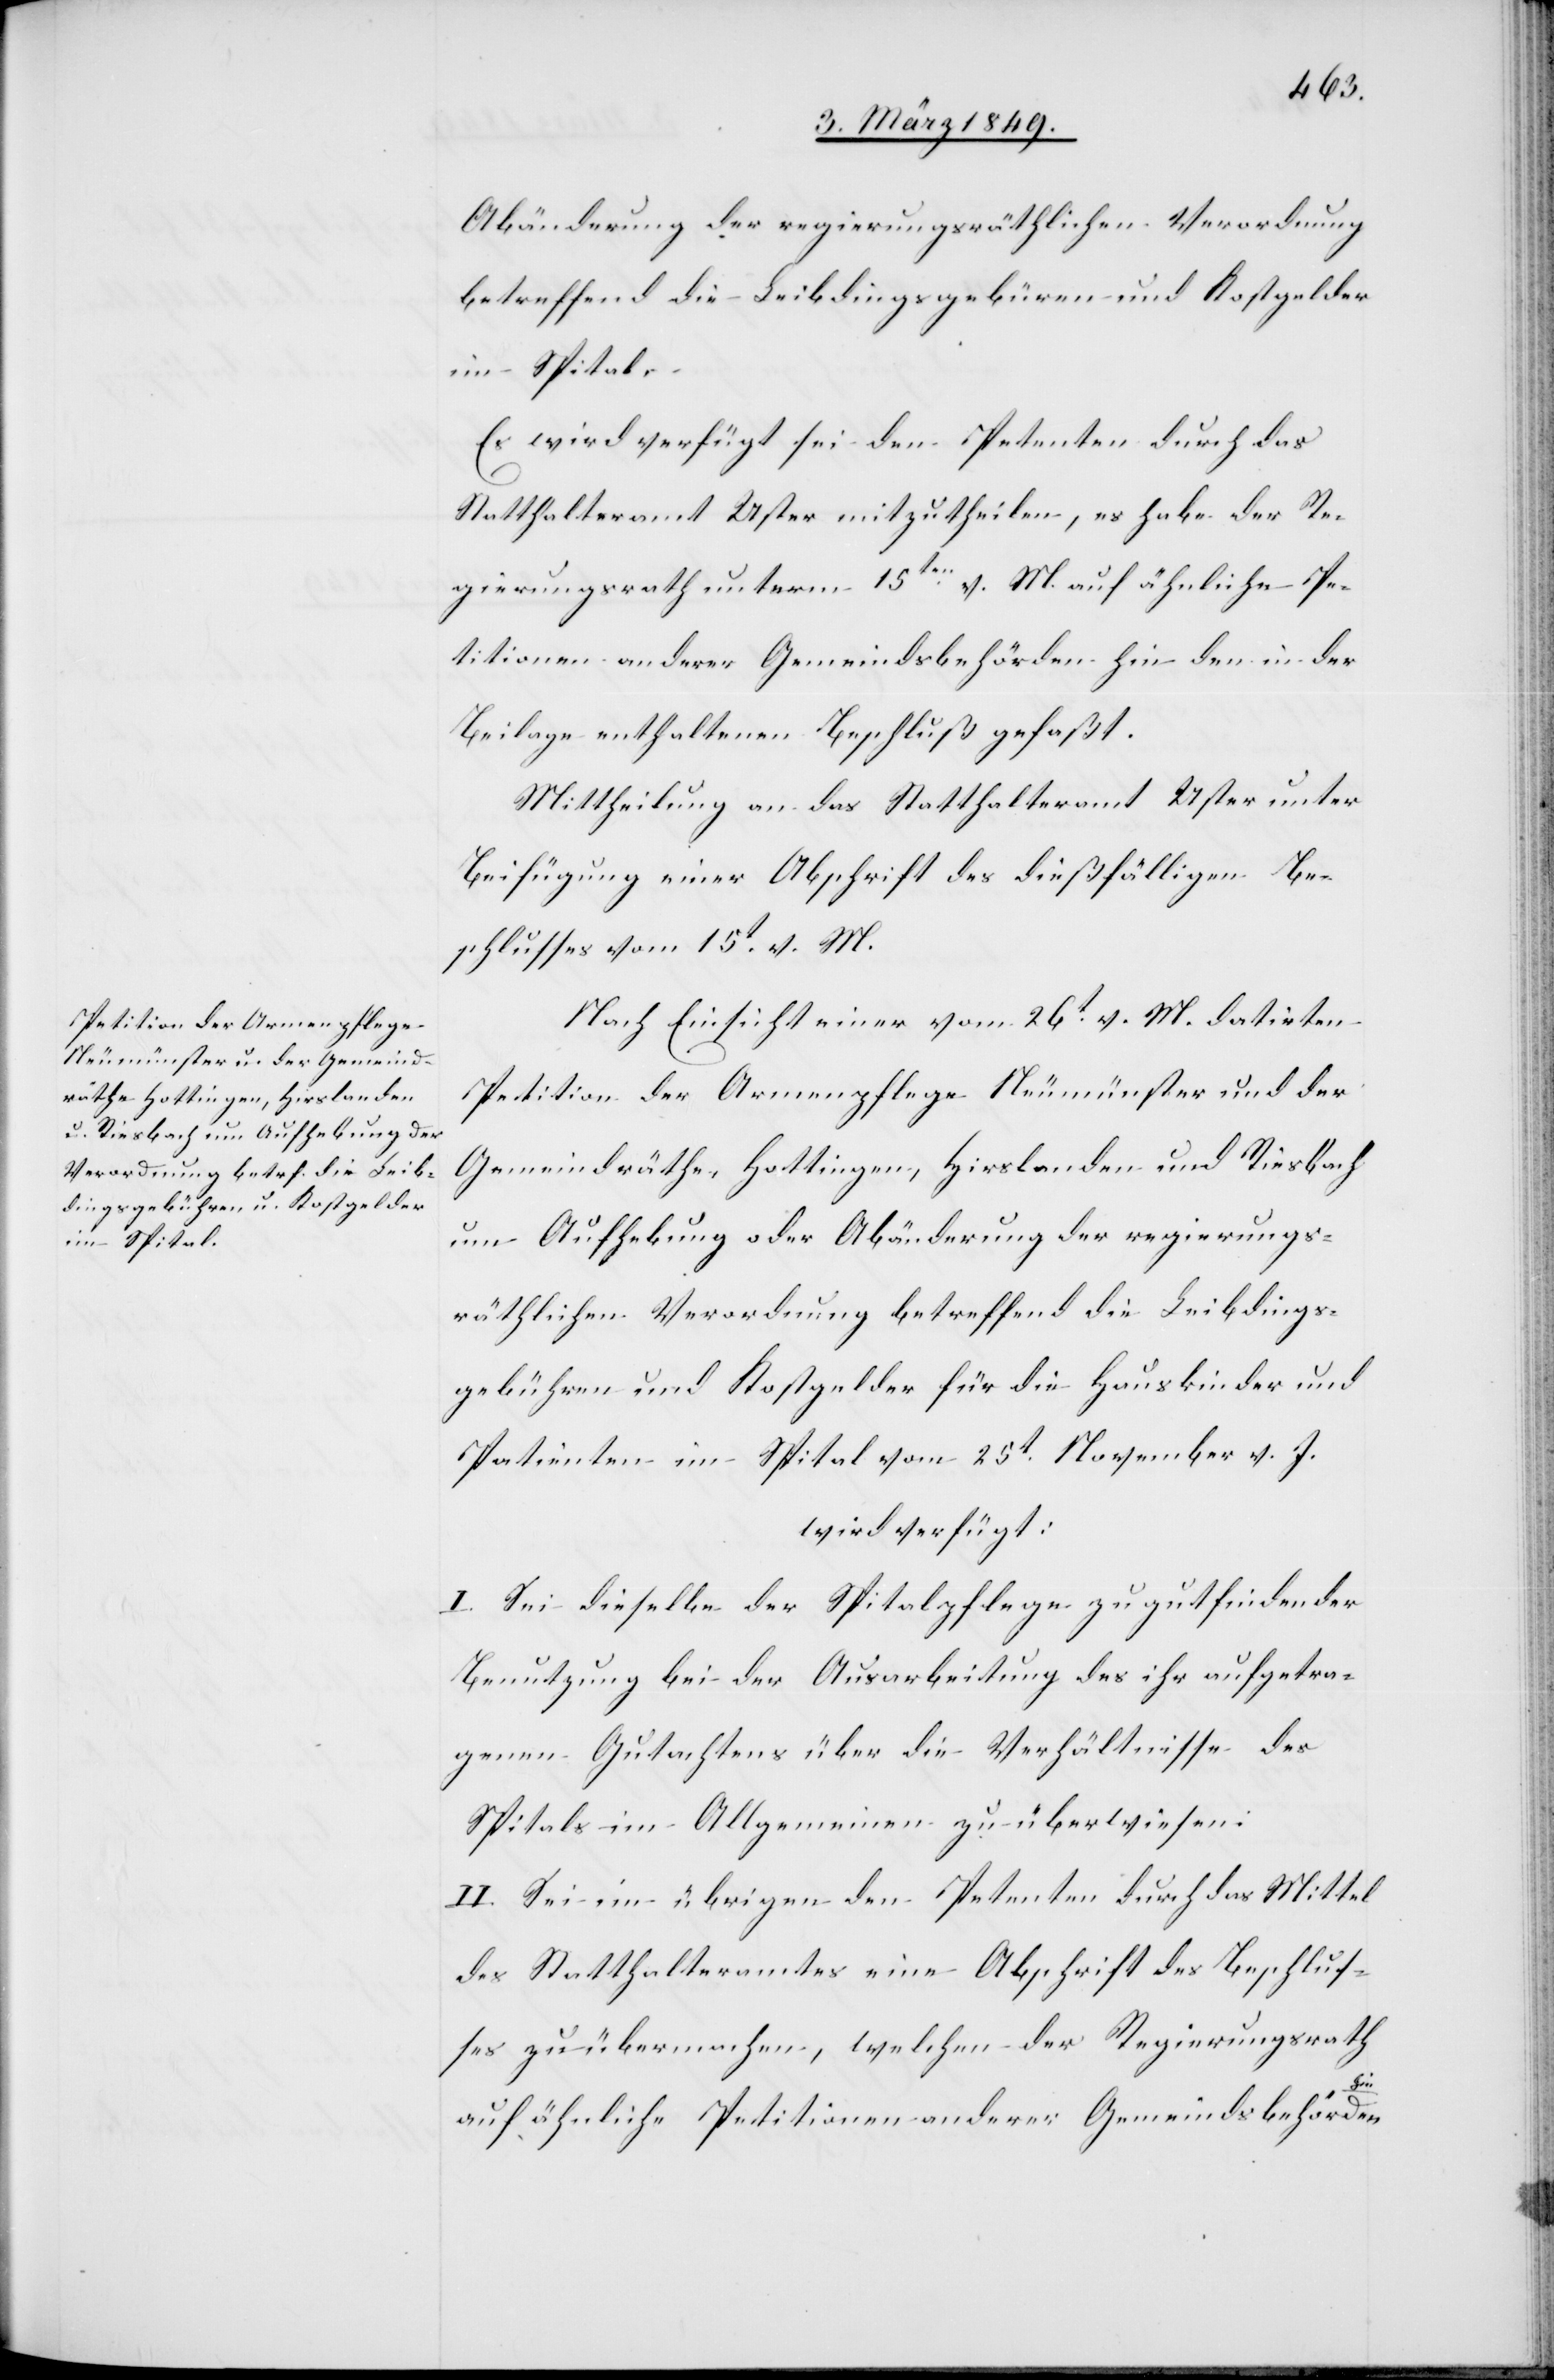
gebühren und Kostgelder

6. März 1849.]
Abänderung der regierungsräthlichen Verordnung
betreffend die Leibdingsgebühren und Kostgelder
im Spital
Es wird verfügt sei den Petenten durch das
Statthalteramt Uster mitzutheilen, es habe der Re¬
gierungsrath unterm 15ten. v. M. auf ähnliche Pe¬
titionen anderer Gemeindsbehörden hin den in der
Beilage enthaltenen Beschluß gefaßt.
Mittheilung an das Statthalteramt Uster unter
Beifügung einer Abschrift des dießfälligen Be¬
schlusses vom 15t. v. M.
Nach Einsicht einer vom 26t. v. M. datirten
Petition der Armenpflege Neumünster und der
Gemeindräthe Hottingen, Hirslanden und Riesbach
um Aufhebung oder Abänderung der regierungs¬
räthlichen Verordnung betreffend die Leibdings¬
wird verfügt:
I. Sei dieselbe der Spitalpflege zu gutfindender
Benutzung bei der Ausarbeitung des ihr aufgetra¬
genen Gutachtens über die Verhältnisse des
Spitals im Allgemeinen zu überwiesen
II. Sei im übrigen den Petenten durch das Mittel
des Statthalteramtes eine Abschrift des Beschlus¬
ses zu übermachen, welchen der Regierungsrath
J.
auf ähnliche Petitionen anderer Gemeindsbehörden